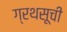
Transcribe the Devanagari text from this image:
ग्रथसूची